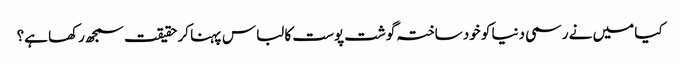
کیا میں نے رسمی دنیا کو خود ساختہ گوشت پوست کا لباس پہنا کر حقیقت سمجھ رکھا ہے؟